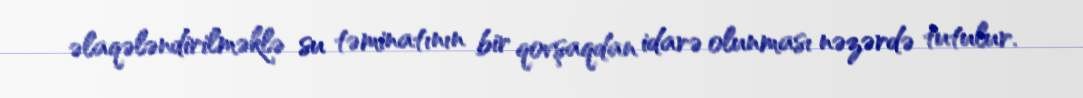
əlaqələndirilməklə su təminatının bir qovşaqdan idarə olunması nəzərdə tutulur.